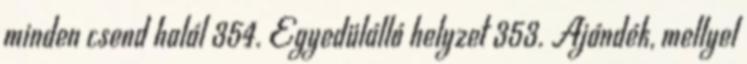
minden csend halál 354. Egyedülálló helyzet 353. Ajándék, mellyel